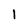
Character: 1